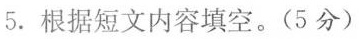
5 .根据短文内容填空。(5分)